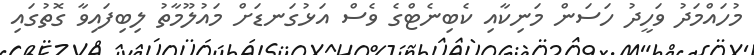
މުހައްމަދު ވަހީދު ހަސަން މަނިކާއި ކެބިނެޓްގެ ވެސް އަޅުގަނޑަށް މައުލޫމާތު ލިބިފައިވާ ގޮތުގައި